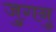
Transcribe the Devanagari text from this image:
जुगनु